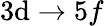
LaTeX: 3\mathrm{d}\rightarrow5f